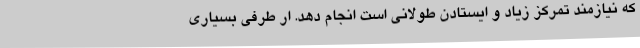
که نیازمند تمرکز زیاد و ایستادن طولانی است انجام دهد. ار طرفی بسیاری